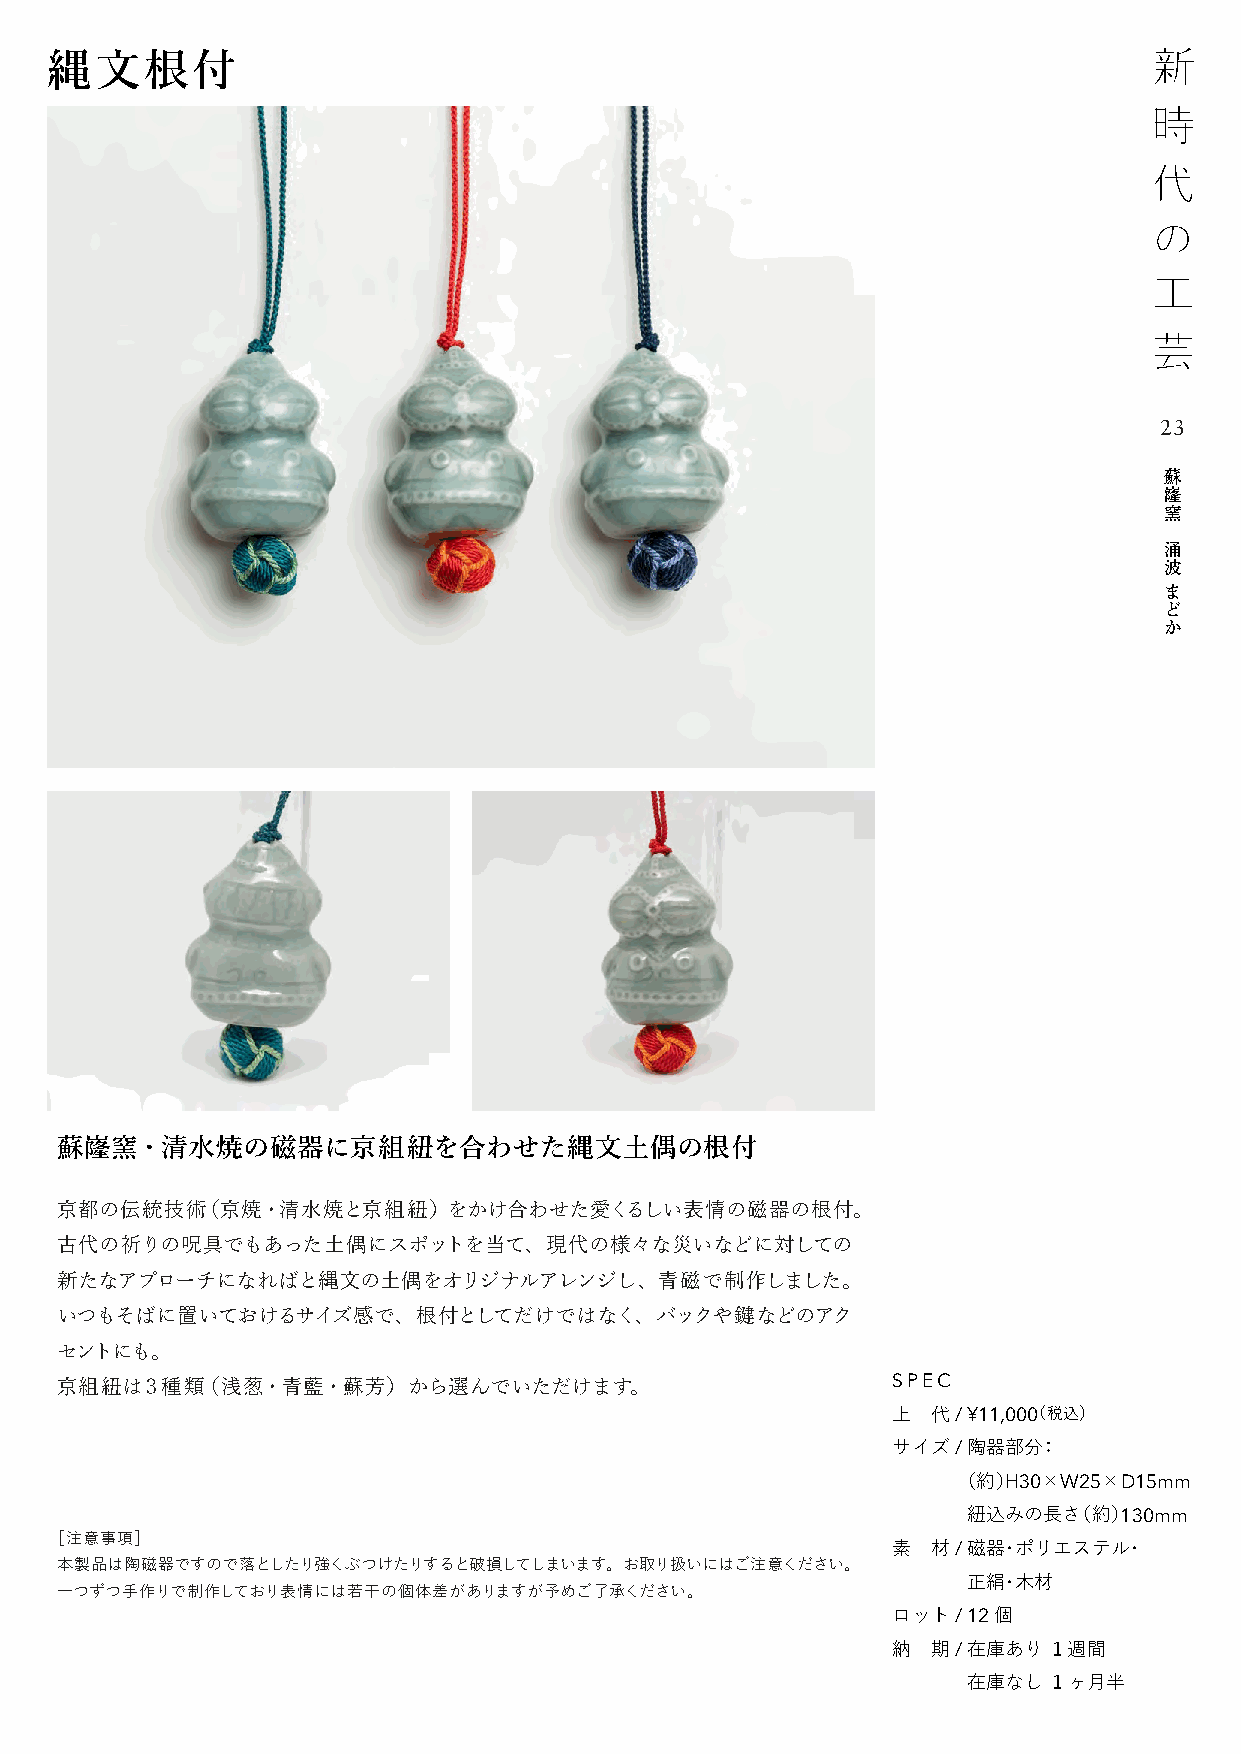
縄文根付
 23
 蘇
 嶐
 窯
 涌
 波
 ま
 ど
 か
 蘇嶐窯・清水焼の磁器に京組紐を合わせた縄文土偶の根付
 京都の伝統技術（京焼・清水焼と京組紐）をかけ合わせた愛くるしい表情の磁器の根付。
 古代の祈りの呪具でもあった土偶にスポットを当て、現代の様々な災いなどに対しての
 新たなアプローチになればと縄文の土偶をオリジナルアレンジし、青磁で制作しました。
 いつもそばに置いておけるサイズ感で、根付としてだけではなく、バックや鍵などのアク
 セントにも。
 京組紐は３種類（浅葱・青藍・蘇芳）から選んでいただけます。                          SPEC
 上  代 / ¥11,000（税込）
 サイズ / 陶器部分：
 （約）H30×W25×D15mm
 紐込みの長さ（約）130mm
 ［注意事項］
 素  材 / 磁器・ポリエステル・
 本製品は陶磁器ですので落としたり強くぶつけたりすると破損してしまいます。お取り扱いにはご注意ください。
 正絹・木材
 一つずつ手作りで制作しており表情には若干の個体差がありますが予めご了承ください。
 ロット / 12 個
 納  期 / 在庫あり １週間
 在庫なし １ヶ月半